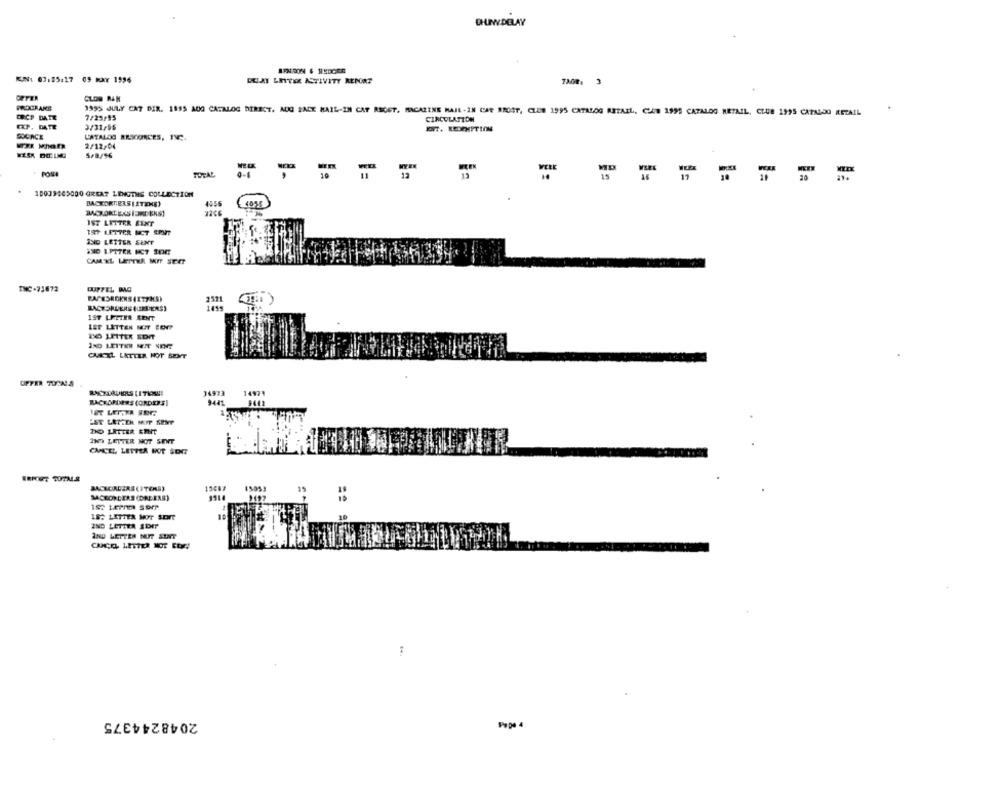
DHWDELAY
JN1 03:85:17 05 MAY 1996
DELAY LITER ASTIVITY RENORT
72001 3
CLOR RAN
FROCRANE
1995 JULY CAT DIR. 1995 AUG CATALOG DIRECT, MOOG SACK MAIL-IN CAF RECET, MAGAZINE MAIL -IN CAE SROST, CLUB 1995 CATALOG RETAIL, CAR 1995 CATALOG RETAIL, CLUB 1995 CATALOG RETAIL
ERCP DATE
7/29/95
CIRCULATION
EXP. DATE
3/31/56
ENT. REDEMPTION
SOURCE
CATALOG RESOURCES, INC.
WX Mhan
2/12/04
5/8/16
TOTAL
10009409000 GREAT LENGTHS COLLECTION
4016
IST LETTER EENT
197 LETTER MCT SPUIT
INO LETTER SUNT
SNO LPITER FCT SOR
CAMEL LETTER MIT SERT
INC-73672
CUPFEL IG
FACESROKNS (117H5)
2311
1415
1ST LEETER SENT
LET LETTER NOT CENT
IND LEITER MIT NENT
CARIL LETTER HOT SENT
OFFER 702ALS
14973
14971
BACKORDERS (ORDERS]
9441
EST LET:TH MIP SENT
ZKO LRTTER EENT
IND LETTER NOT SENT
CANCEL, LETTER NOT SORT
MACEORDERS (DREERE)
182 LETTER MOT SONT
2ND LETTEA 1DIP
AND LETTES NUT SUNT
2048244375
Pepe 4